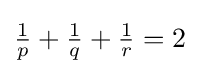
{\textstyle {\frac {1}{p}}+{\frac {1}{q}}+{\frac {1}{r}}=2}